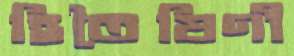
হিতৈষিণী